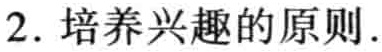
2. 培养兴趣的原则.